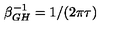
\beta _ { G H } ^ { - 1 } = 1 / ( 2 \pi \tau )